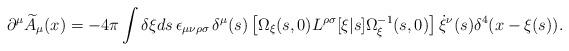
LaTeX: \begin{align*}\partial^{\mu}\widetilde{A}_{\mu}(x) = -4\pi\int\delta\xi ds\, \epsilon_{\mu\nu\rho\sigma}\, \delta^{\mu}(s)\left[\Omega_\xi(s,0) L^{\rho\sigma}[\xi|s] \Omega_{\xi}^{-1}(s,0)\right] \dot{\xi}^\nu(s) \delta^4(x-\xi(s)).\end{align*}